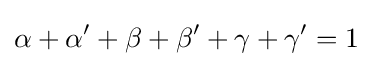
\alpha +\alpha '+\beta +\beta '+\gamma +\gamma '=1